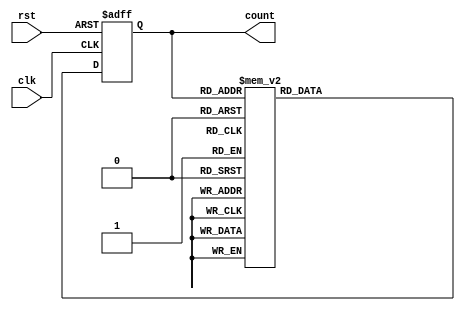
module decade_ring_counter (
    input wire clk,         // Clock input
    input wire rst,         // Asynchronous reset
    output reg [3:0] count  // 4-bit output to represent the current state
);

// State transition logic
always @(posedge clk or posedge rst) begin
    if (rst) begin
        // Reset the counter to state 0
        count <= 4'b0000;
    end else begin
        // Shift the '1' to the next flip-flop in a circular manner
        case (count)
            4'b0000: count <= 4'b0001; // State 0 to State 1
            4'b0001: count <= 4'b0010; // State 1 to State 2
            4'b0010: count <= 4'b0011; // State 2 to State 3
            4'b0011: count <= 4'b0100; // State 3 to State 4
            4'b0100: count <= 4'b0101; // State 4 to State 5
            4'b0101: count <= 4'b0110; // State 5 to State 6
            4'b0110: count <= 4'b0111; // State 6 to State 7
            4'b0111: count <= 4'b1000; // State 7 to State 8
            4'b1000: count <= 4'b1001; // State 8 to State 9
            4'b1001: count <= 4'b0000; // State 9 to State 0
            default: count <= 4'b0000; // Default case to reset to State 0
        endcase
    end
end

endmodule